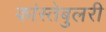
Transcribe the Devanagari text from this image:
कांस्तेबुलरी